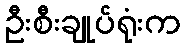
ဦးစီးချုပ်ရုံးက